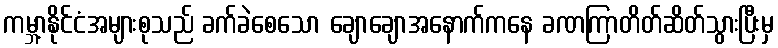
ကမ္ဘာ့နိုင်ငံအများစုသည် ခက်ခဲစေသော ချောချောအနောက်ကနေ ခဏကြာတိတ်ဆိတ်သွားပြီးမှ